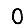
Digit: 0